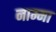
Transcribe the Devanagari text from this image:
नाम्मा